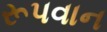
રૂપવાન